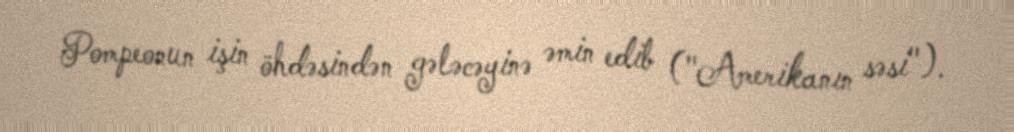
Pompeonun işin öhdəsindən gələcəyinə əmin edib ("Amerikanın səsi").